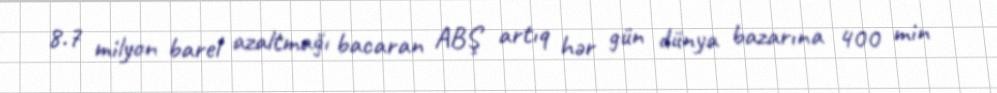
8.7 milyon barel azaltmağı bacaran ABŞ artıq hər gün dünya bazarına 400 min